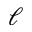
\ell